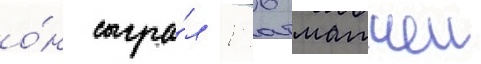
о́н сыгра́л 156 матчеи